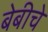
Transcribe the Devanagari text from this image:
बेबीचे